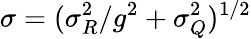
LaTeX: \sigma=(\sigma_{R}^{2}/g^{2}+\sigma_{Q}^{2})^{1/2}